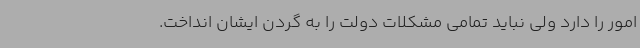
امور را دارد ولی نباید تمامی مشکلات دولت را به گردن ایشان انداخت.